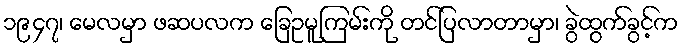
၁၉၄၇၊ မေလမှာ ဖဆပလက ခြေဥမူကြမ်းကို တင်ပြလာတာမှာ၊ ခွဲထွက်ခွင့်က